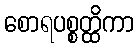
စောရပစ္စတ္ထိကာ